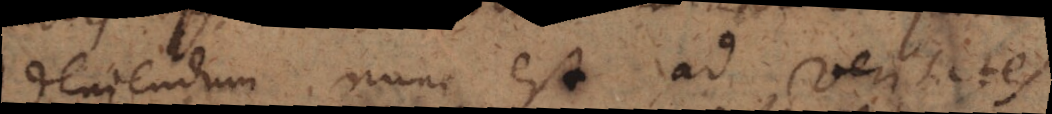
Veniendum nunc est ad veritates